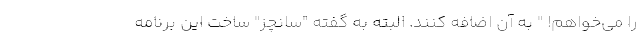
را می‌خواهم! " به آن اضافه کنند. البته به گفته "سانچز" ساخت این برنامه